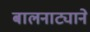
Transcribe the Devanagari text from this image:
बालनाट्याने